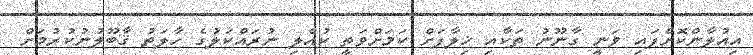
އިއުލާންކޮށްފައި ވަނީ ގާނޫނު ތަކާއި ޚިލާފަށް ކަމަށްވަތީ ކުއްލި ނުރައްކަލުގެ ހާލަތު ޤާބޫލުނުކުރުމަށް